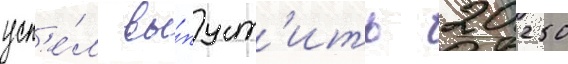
усп'е́л вы́пуст'ить 20 250